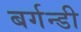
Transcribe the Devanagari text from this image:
बर्गन्डी